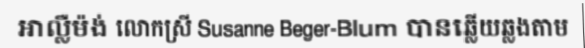
អាល្លឺម៉ង់ លោកស្រី Susanne Beger-Blum បានឆ្លើយឆ្លងតាម